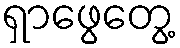
ရှာဖွေတွေ့